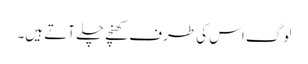
لوگ اس کی طرف کھنچے چلے آتے ہیں۔